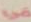
في